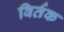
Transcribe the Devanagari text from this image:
विर्तक